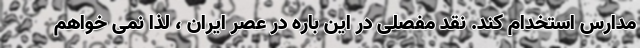
مدارس استخدام کند. نقد مفصلی در این باره در عصر ایران ، لذا نمی خواهم